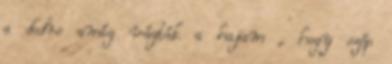
a dedre amíg vágták a hajam , hogy szép